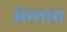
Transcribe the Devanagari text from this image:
सेम्लास